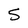
Character: 5